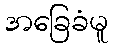
အခြေခံမူ